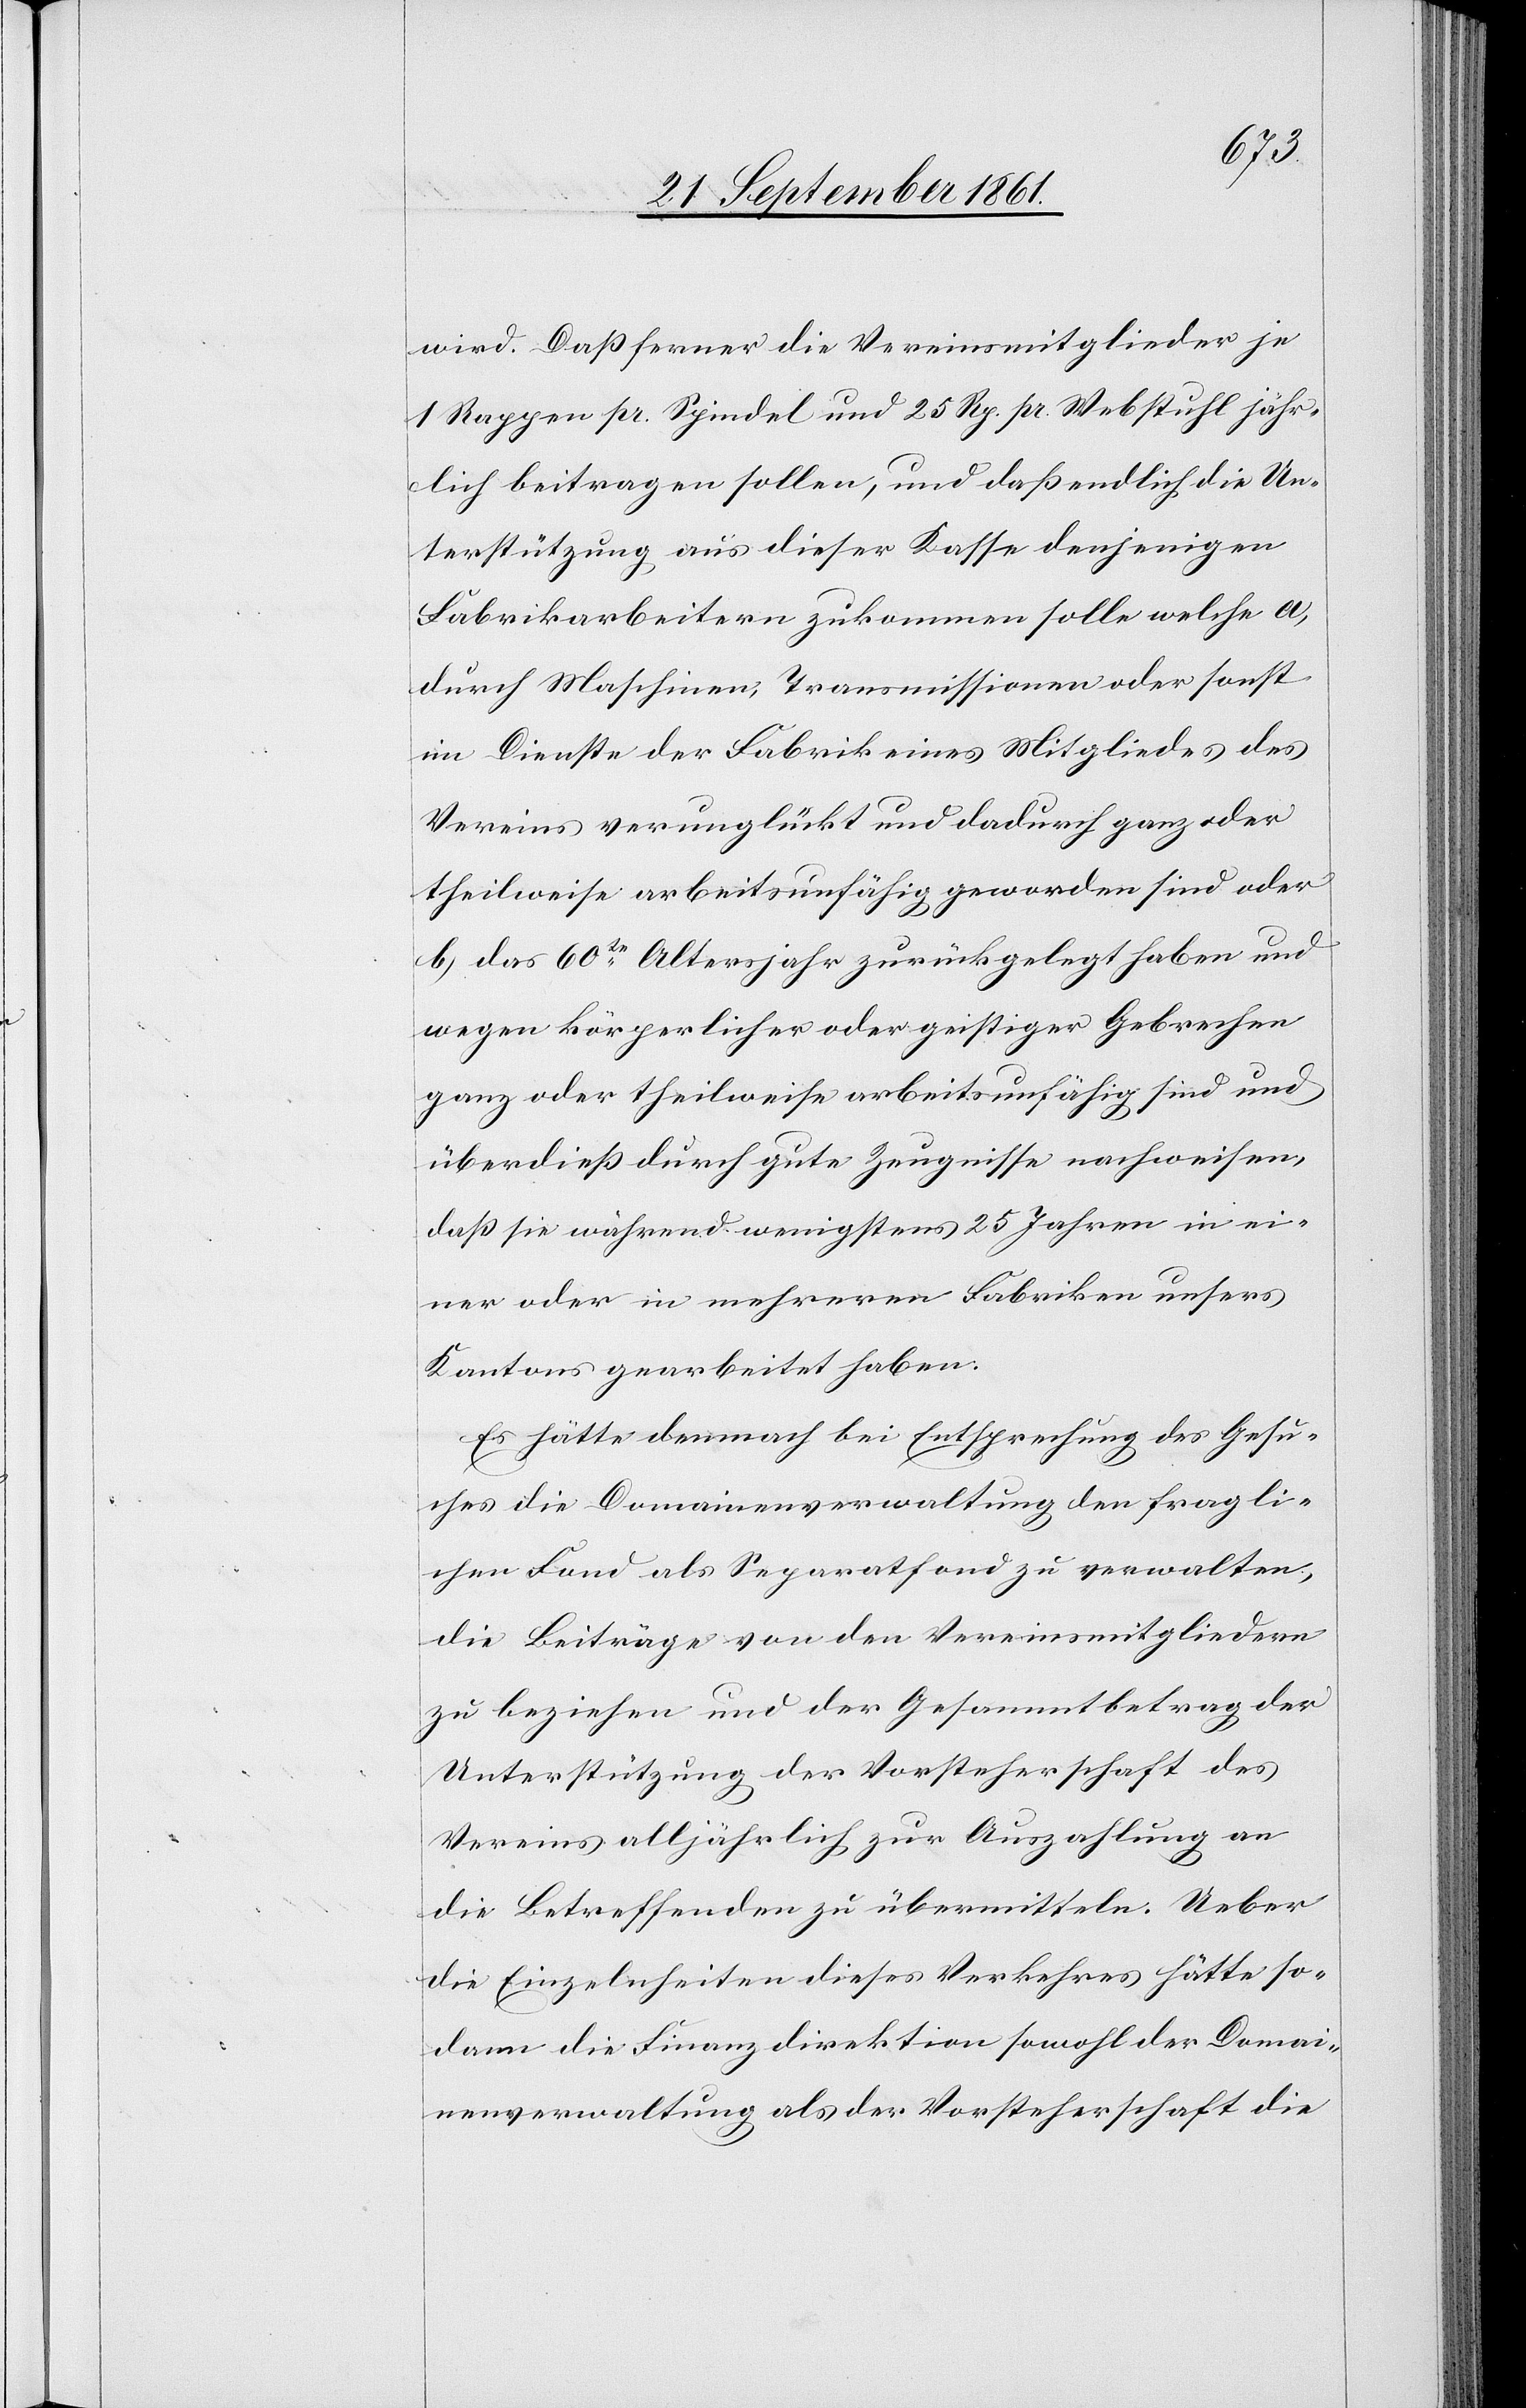
wird. Daß ferner die Vereinsmitglieder je
1 Rappen pr. Spindel und 25 Rp. pr. Webstuhl jähr¬
lich beitragen sollen, und daß endlich die Un¬
terstützung aus dieser Kasse denjenigen
Fabrikarbeitern zukommen solle welche a,
durch Maschinen, Transmissionen oder sonst
im Dienste der Fabrik eines Mitgliedes des
Vereins verunglückt und dadurch ganz oder
theilweise arbeitsunfähig geworden sind oder
b, das 60te Altersjahr zurückgelegt haben und
wegen körperlicher oder geistiger Gebrechen
ganz oder theilsweise arbeitsunfähig sind und
überdieß durch gute Zeugnisse nachweisen,
daß sie während wenigstens 25 Jahren in ei¬
ner oder in mehreren Fabriken unsers
Kantons gearbeitet haben.
Es hätte demnach bei Entsprechung des Gesu¬
ches die Domainenverwaltung den fragli¬
chen Fond als Separatfond zu verwalten,
die Beiträge von den Vereinsmitgliedern
zu beziehen und der Gesammtbetrag der
Unterstützung der Vorsteherschaft des
Vereines alljährlich zur Auszahlung an
die Betreffenden zu übermitteln. Ueber
die Einzelheiten dieses Verkehres hätte so¬
dann die Finanzdirektion sowohl der Domai¬
nenverwaltung als der Vorsteherschaft die